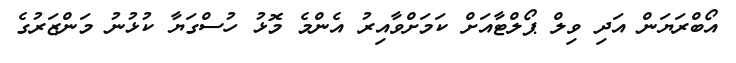
އޯބްރަޔަން އަދި ވިލް ޕޯލްޓާއަށް ކަމަށްވާއިރު އެންމެ މޮޅު ހުސްގަޔާ ކުޅުނު މަންޒަރުގެ